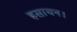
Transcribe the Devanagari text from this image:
हसायन।